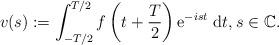
LaTeX: \begin{align*}v(s):=\int_{-T / 2}^{T / 2} f\left(t+\frac{T}{2}\right) \mathrm{e}^{-i s t} \mathrm{~d} t, s \in \mathbb{C} .\end{align*}